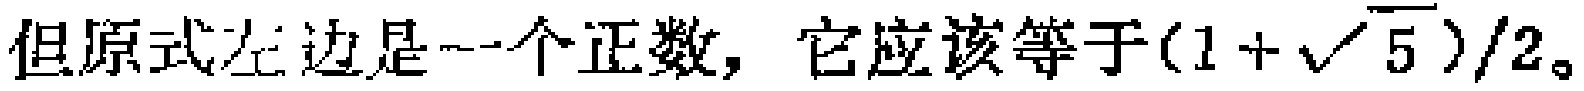
但原式左边是一个正数，它应该等于$(1 + \sqrt{5})/2$。